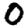
Digit: 0